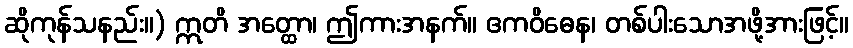
ဆိုကုန်သနည်း။) ဣတိ အတ္ထော၊ ဤကားအနက်။ ဧကဝိဓေန၊ တစ်ပါးသောအဖို့အားဖြင့်။